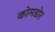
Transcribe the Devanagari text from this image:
कोमडोर